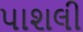
પાશલી